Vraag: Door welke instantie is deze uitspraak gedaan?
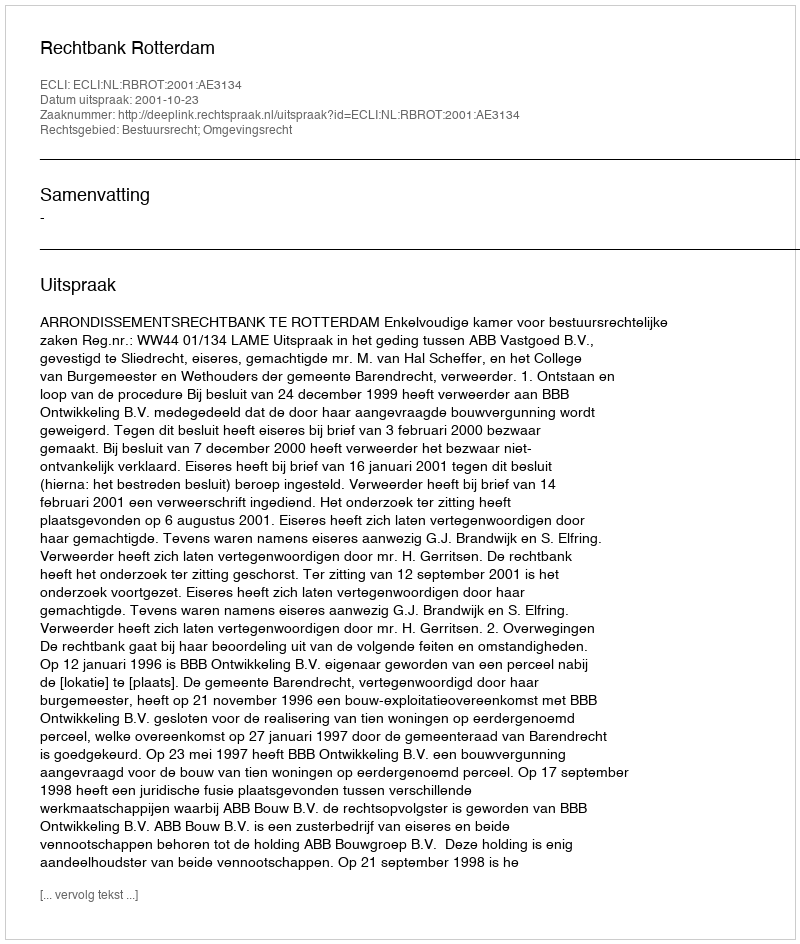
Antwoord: Rechtbank Rotterdam